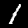
Label: 1